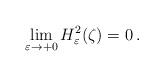
LaTeX: \begin{align*}\lim\limits_{\varepsilon\to+0}H_{\varepsilon}^{2}(\zeta)=0\,.\end{align*}